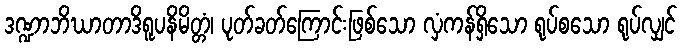
ဒဏ္ဍာဘိဃာတာဒိရူပနိမိတ္တံ၊ ပုတ်ခတ်ကြောင်းဖြစ်သော လှံကန်ရှိသော ရုပ်စသော ရုပ်လျှင်